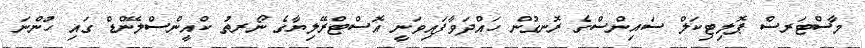
މާސްޓަރސް ޕޮލިޓިކަލް ސައިންސްގެ ރޮނގުން ހައްދަވާފައިވަނީ އޮސްޓްރޭލިޔާގެ ނޯރތު ކްއީންސްލޭންޑް ގައި ހުންނަ